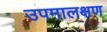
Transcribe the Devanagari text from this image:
उपमालक्षण